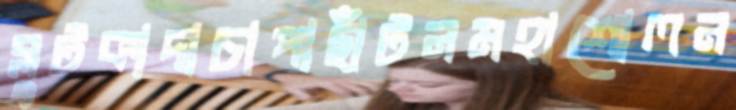
ব্লুটকাদাচাপাছাঁটনমহাশোলন